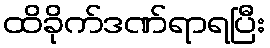
ထိခိုက်ဒဏ်ရာရပြီး